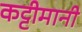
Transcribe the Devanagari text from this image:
कट्टीमानी